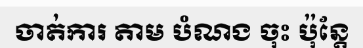
ចាត់ការ តាម បំណង ចុះ ប៉ុន្តែ